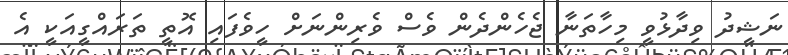
ނަޝީދު ވިދާޅުވީ މިހާތަނާ ޖެހެންދެން ވެސް ވެރިންނަށް ހީވެފައި އޮތީ ތަރައްގީއަކީ އެ